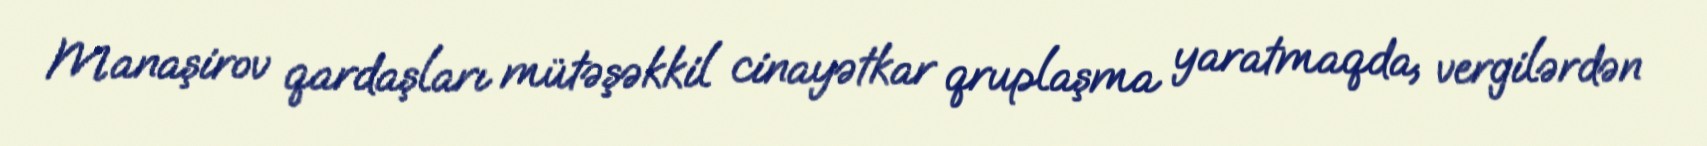
Manaşirov qardaşları mütəşəkkil cinayətkar qruplaşma yaratmaqda, vergilərdən